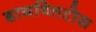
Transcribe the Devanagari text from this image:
डायब्लिटोस